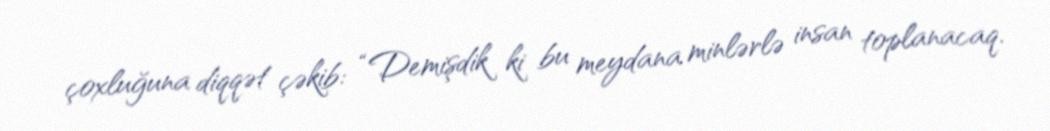
çoxluğuna diqqət çəkib: “Demişdik ki bu meydana minlərlə insan toplanacaq.